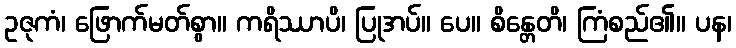
ဥဇုကံ၊ ဖြောက်မတ်စွာ။ ကရိဿာပိ၊ ပြုအပ်။ ပေ။ စိန္တေတိ၊ ကြံစည်၏။ ပန၊